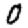
Digit: 0